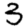
Digit: 3